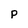
Character: p